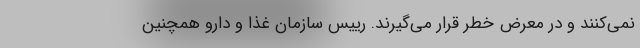
نمی‌کنند و در معرض خطر قرار می‌گیرند. رییس سازمان غذا و دارو همچنین